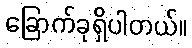
ခြောက်ခုရှိပါတယ်။